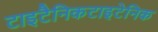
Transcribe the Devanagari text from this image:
टाइटैनिकटाइटेनिक